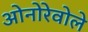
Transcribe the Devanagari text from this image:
ओनोरेवोले